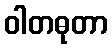
ဝါတဓုတာ